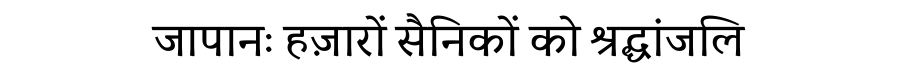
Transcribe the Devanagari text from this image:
जापानः हज़ारों सैनिकों को श्रद्धांजलि